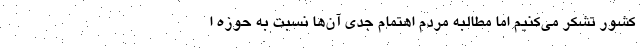
کشور تشکر می‌کنیم اما مطالبه مردم اهتمام جدی آن‌ها نسبت به حوزه ا